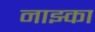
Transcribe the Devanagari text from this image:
नाझ्का